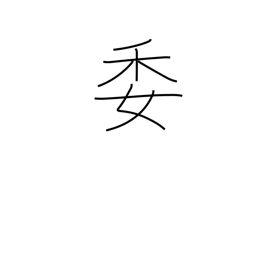
Meaning: committee